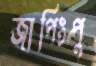
জাপিংপু